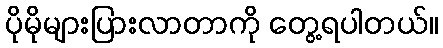
ပိုမိုများပြားလာတာကို တွေ့ရပါတယ်။